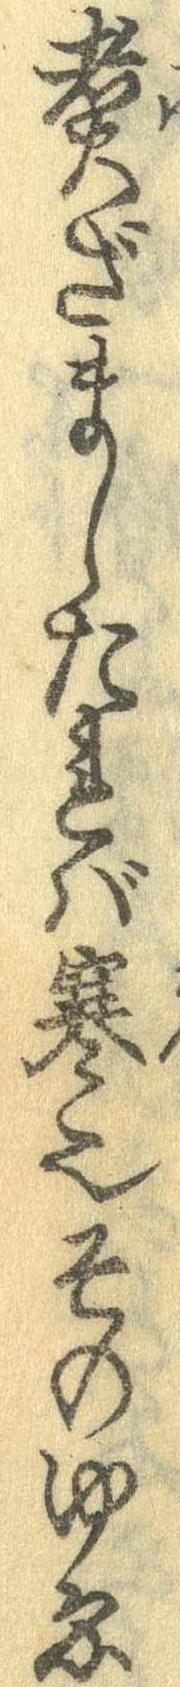
煮ざましたれば寒也そのゆゑ